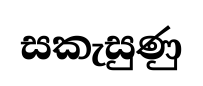
සකැසුණු